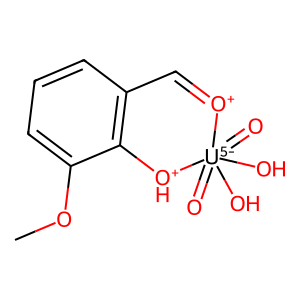
SMILES: COc1cccc2c1[OH+][U-5](=O)(=O)(O)(O)[O+]=C2
Inhibits HIV replication: No